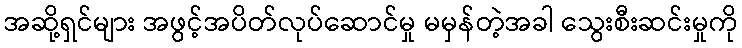
အဆို့ရှင်များ အဖွင့်အပိတ်လုပ်ဆောင်မှု မမှန်တဲ့အခါ သွေးစီးဆင်းမှုကို